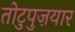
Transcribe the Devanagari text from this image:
तोटुपुज़यार